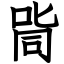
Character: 㖰